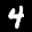
Label: 4